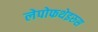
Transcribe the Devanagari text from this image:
लेपोफथेइरुस